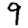
Digit: 9